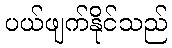
ပယ်ဖျက်နိုင်သည်